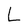
Character: L